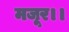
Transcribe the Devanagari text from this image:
मजूर।।